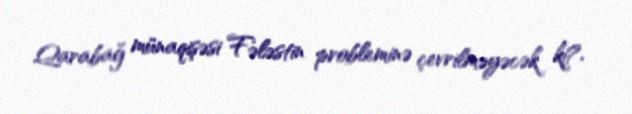
Qarabağ münaqişəsi Fələstin probleminə çevrilməyəcək ki?.